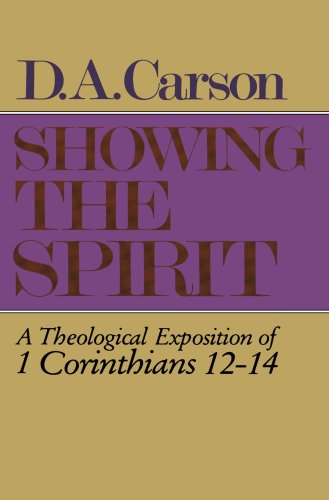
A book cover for Showing the Spirit: A Theological Exposition of 1 Corinthians, 12-14; D. A. Carson; Christian Books & Bibles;